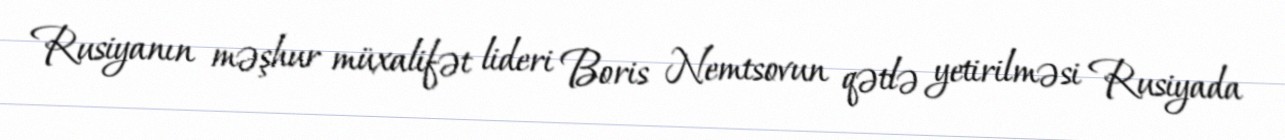
Rusiyanın məşhur müxalifət lideri Boris Nemtsovun qətlə yetirilməsi Rusiyada